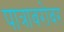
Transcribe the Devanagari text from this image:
पात्राबरोबर